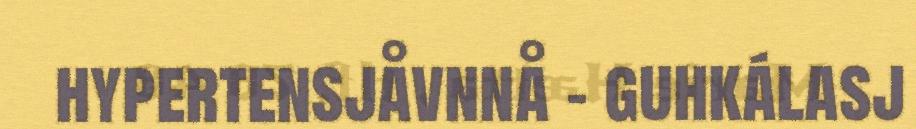
hypertensjåvnnå - guhkálasj